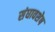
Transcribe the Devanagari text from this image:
संघावशेष